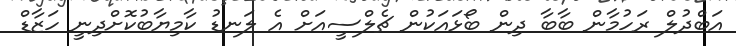
އަބްދުލް ރަހުމާން ބާބާ ދިން ބޯޅައަކުން ޗެލްސީއަށް އެ ލަނޑު ކާމިޔާބުކޮށްދިނީ ހަޒާޑް